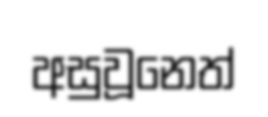
අසුවූනෙත්